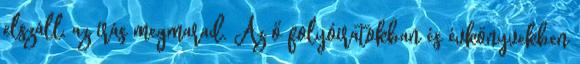
elszáll, az írás megmarad. Az ő folyóiratokban és évkönyvekben